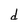
Character: d